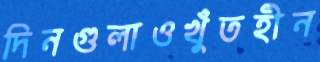
দিনগুলাওখুঁতহীন